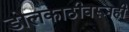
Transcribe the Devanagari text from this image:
डोलकाठीवरूनही